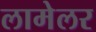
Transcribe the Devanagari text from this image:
लामेलर